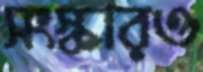
সংস্কারও